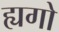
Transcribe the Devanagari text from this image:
ह्यगो